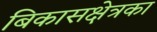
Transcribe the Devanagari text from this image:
बिकासक्षेत्रका